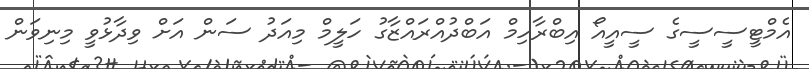
އެމްޓީސީސީގެ ސީއީއޯ އިބްރާހިމް އަބްދުއްރައްޒާގު ހަލީމް މިއަދު ސަން އަށް ވިދާޅުވީ މިނިވަން